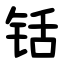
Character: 铦